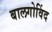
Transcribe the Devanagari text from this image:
बालगोविंद